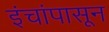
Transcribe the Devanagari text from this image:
इंचांपासून